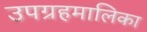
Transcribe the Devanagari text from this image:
उपग्रहमालिका